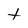
Character: t